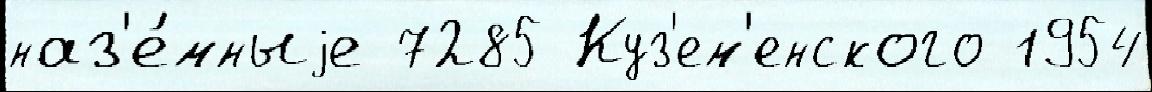
наз'е́мныjе 7285 Куз'ем'енского 1954